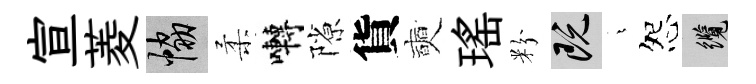
宣菱協柔囀隙貨奭瑤粉既燁怨纜